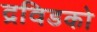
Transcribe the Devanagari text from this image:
द्रविडको